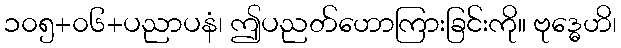
၁၀၅+၀၆+ပညာပနံ၊ ဤပညတ်ဟောကြားခြင်းကို။ ဗုဒ္ဓေဟိ၊